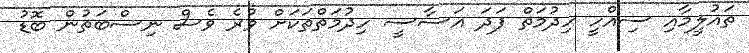
ތައުލީމާއި ސިއްހީ ހިދުމަތް ފަދަ އަސާސީ ހިދުމަތްތަކަށް ވުރެ ވެސް ނިސްބަތުން ބޮޑު